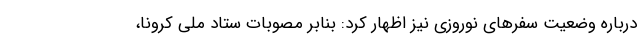
درباره وضعیت سفرهای نوروزی نیز اظهار کرد: بنابر مصوبات ستاد ملی کرونا،